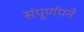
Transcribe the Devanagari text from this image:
संपूर्णपने